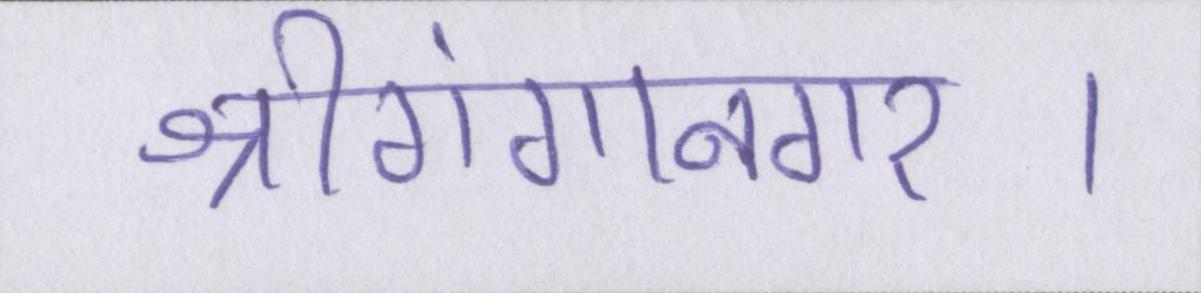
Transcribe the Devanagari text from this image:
श्रीगंगानगर।